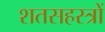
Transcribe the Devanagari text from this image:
शतसहस्त्रों